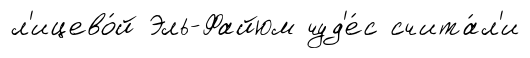
л'ицево́й Эль-Файюм чуд'е́с счита́л'и